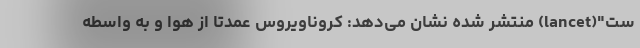
ست"(lancet) منتشر شده نشان می‌دهد: کروناویروس عمدتا از هوا و به واسطه